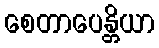
စေတာပေန္တိယာ